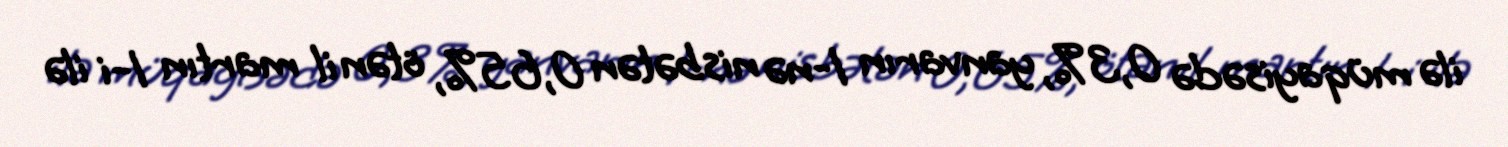
ilə müqayisədə 0,3%, yanvarın 1-nə nisbətən 0,65%, ötən il martın 1-i ilə